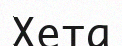
Хета